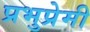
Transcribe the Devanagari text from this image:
प्रभुप्रेमी